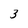
Character: 3